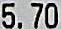
5.70